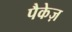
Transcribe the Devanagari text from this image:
पैकेज़